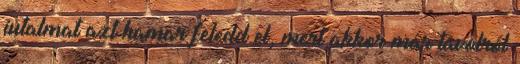
jutalmat azt hamar feledd el, mert akkor már távolról